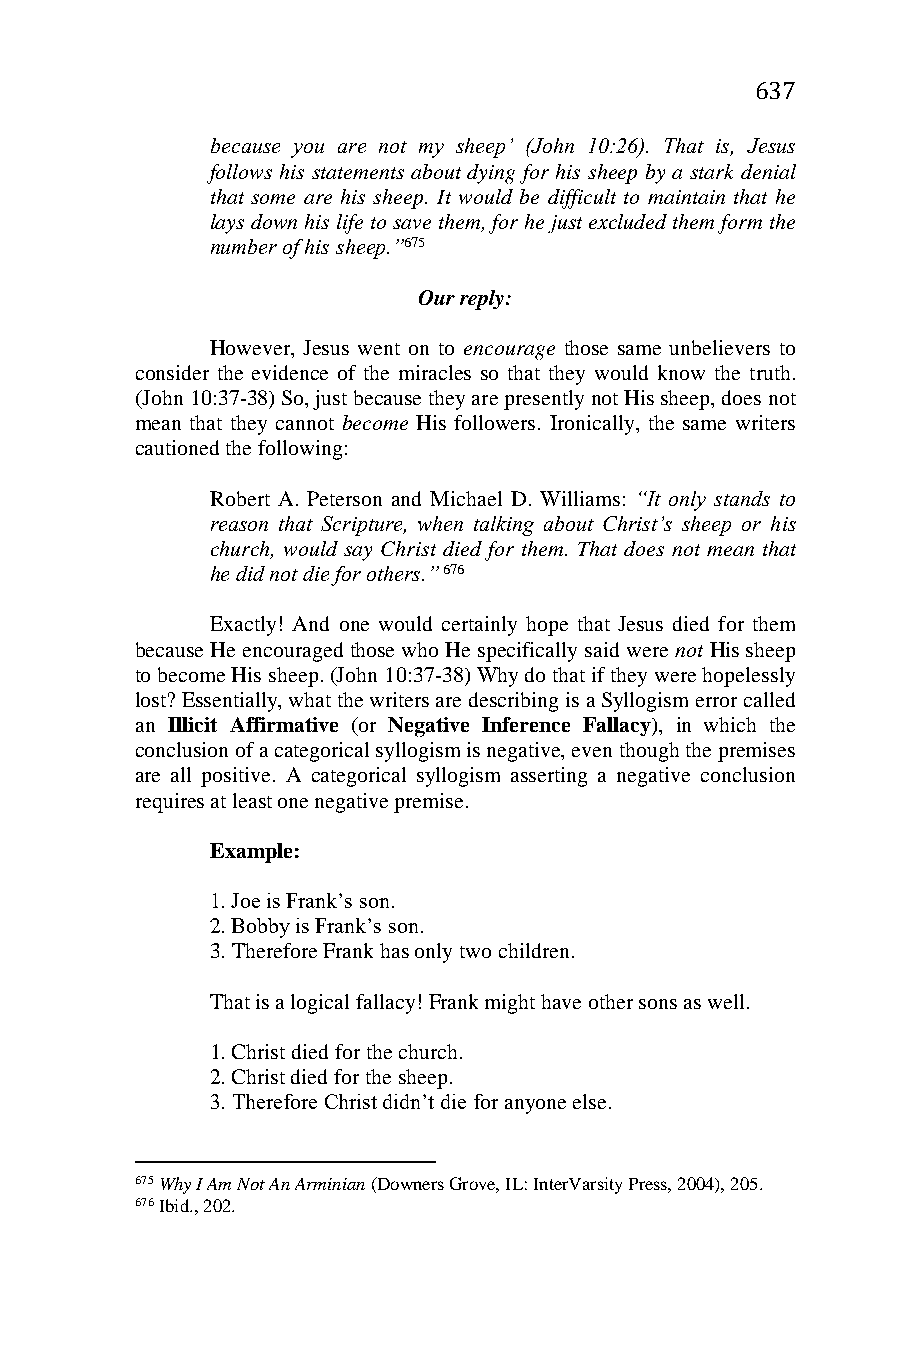
637
 because you are not my sheep’ (John 10:26). That is, Jesus
 follows his statements about dying for his sheep by a stark denial
 that some are his sheep. It would be difficult to maintain that he
 lays down his life to save them, for he just excluded them form the
 number of his sheep.”675
 Our reply:
 However, Jesus went on to encourage those same unbelievers to
 consider the evidence of the miracles so that they would know the truth.
 (John 10:37-38) So, just because they are presently not His sheep, does not
 mean that they cannot become His followers. Ironically, the same writers
 cautioned the following:
 Robert A. Peterson and Michael D. Williams: “It only stands to
 reason that Scripture, when talking about Christ’s sheep or his
 church, would say Christ died for them. That does not mean that
 he did not die for others.” 676
 Exactly! And one would certainly hope that Jesus died for them
 because He encouraged those who He specifically said were not His sheep
 to become His sheep. (John 10:37-38) Why do that if they were hopelessly
 lost? Essentially, what the writers are describing is a Syllogism error called
 an Illicit Affirmative (or Negative Inference Fallacy), in which the
 conclusion of a categorical syllogism is negative, even though the premises
 are all positive. A categorical syllogism asserting a negative conclusion
 requires at least one negative premise.
 Example:
 1. Joe is Frank’s son.
 2. Bobby is Frank’s son.
 3. Therefore Frank has only two children.
 That is a logical fallacy! Frank might have other sons as well.
 1. Christ died for the church.
 2. Christ died for the sheep.
 3. Therefore Christ didn’t die for anyone else.
 675 Why I Am Not An Arminian (Downers Grove, IL: InterVarsity Press, 2004), 205.
 676 Ibid., 202.